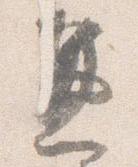
兼